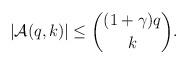
LaTeX: \begin{align*}|\mathcal A(q,k)| \leq \binom{(1+\gamma)q}{k}.\end{align*}